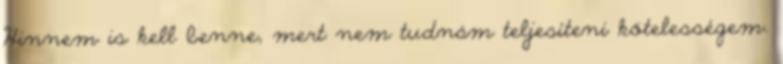
Hinnem is kell benne, mert nem tudnám teljesíteni kötelességem.